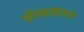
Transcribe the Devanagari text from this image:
नरेन्द्रमोहन